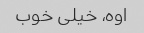
اوه، خیلی خوب